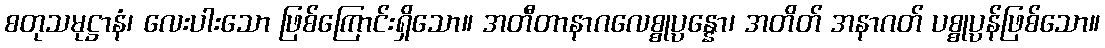
စတုသမုဋ္ဌာနံ၊ လေးပါးသော ဖြစ်ကြောင်းရှိသော။ အတီတာနာဂလေစ္စုပ္ပန္နော၊ အတိတ် အနာဂတ် ပစ္စုပ္ပန်ဖြစ်သော။